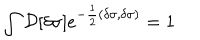
LaTeX: \int { \cal D } [ \delta \sigma ] e ^ { - \frac { 1 } { 2 } ( \delta \sigma , \delta \sigma ) } = 1